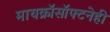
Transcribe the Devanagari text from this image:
मायक्रॉसॉफ्टनेही